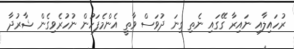
ރުހައިލާއި ނައިރާ ގޭގައި ނެތި ގިނަ ދުވަސް ވާތީ އެންމެފަހުން ނުހުރެވިގެން ޝާރުދާ